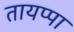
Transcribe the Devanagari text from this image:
तायप्पा